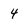
Character: 4